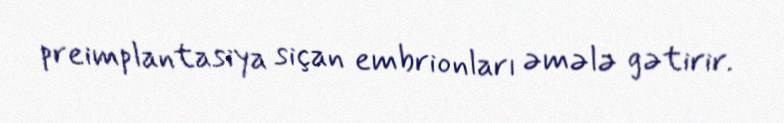
preimplantasiya siçan embrionları əmələ gətirir.